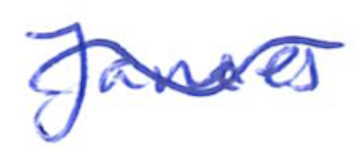
Text: James
Cross-out: wave
Writing tool: ballpoint